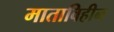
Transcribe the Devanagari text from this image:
माताविहीन